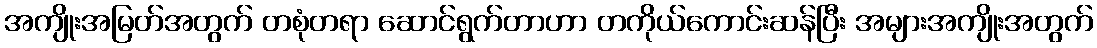
အကျိုးအမြတ်အတွက် တစုံတရာ ဆောင်ရွက်တာဟာ တကိုယ်ကောင်းဆန်ပြီး အများအကျိုးအတွက်